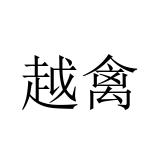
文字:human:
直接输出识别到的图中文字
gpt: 越禽